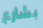
بشارع